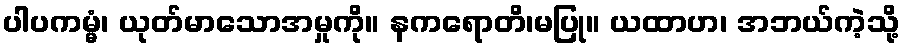
ပါပကမ္မံ၊ ယုတ်မာသောအမှုကို။ နကရောတိ၊မပြု။ ယထာဟ၊ အဘယ်ကဲ့သို့